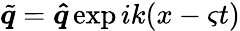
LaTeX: \tilde{\boldsymbol{q}}=\boldsymbol{\hat{q}}\exp{ik(x-\varsigma t)}